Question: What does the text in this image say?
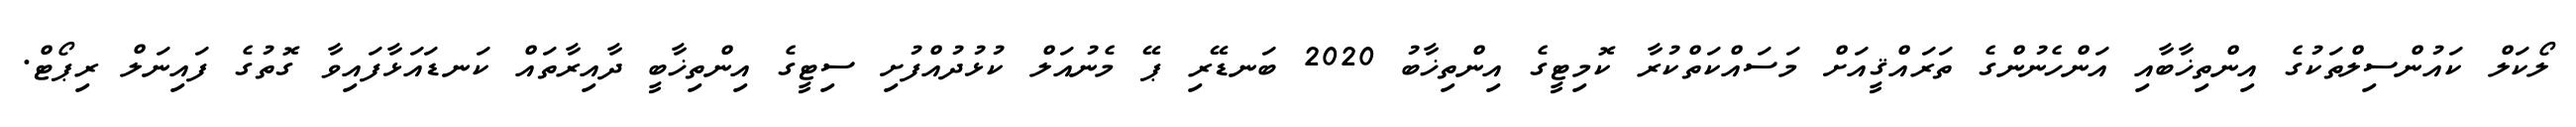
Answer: ލޯކަލް ކައުންސިލްތަކުގެ އިންތިޚާބާއި އަންހެނުންގެ ތަރައްޤީއަށް މަސައްކަތްކުރާ ކޮމިޓީގެ އިންތިޚާބު 2020 ބަނޑޭރި ޕޭ މެނުއަލް ކުޅުދުއްފުށި ސިޓީގެ އިންތިޚާބީ ދާއިރާތައް ކަނޑައަޅާފައިވާ ގޮތުގެ ފައިނަލް ރިޕޯޓް.